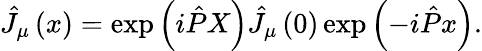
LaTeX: \hat{J}_{\mu}\left(x\right)=\exp\left(i\hat{P}X\right)\hat{J}_{\mu}\left(0\right)\exp\left(-i\hat{P}x\right).